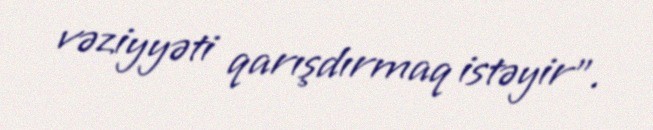
vəziyyəti qarışdırmaq istəyir”.